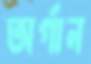
অর্গান